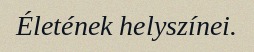
Életének helyszínei.